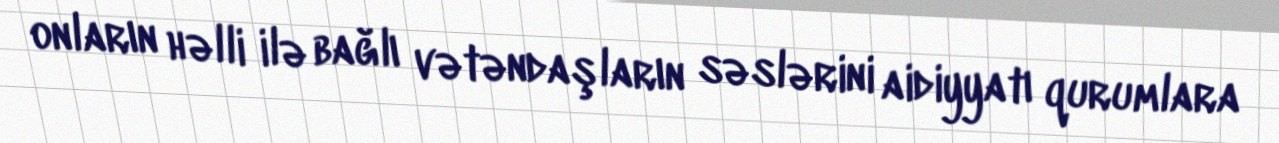
onların həlli ilə bağlı vətəndaşların səslərini aidiyyatı qurumlara